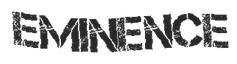
EMINENCE